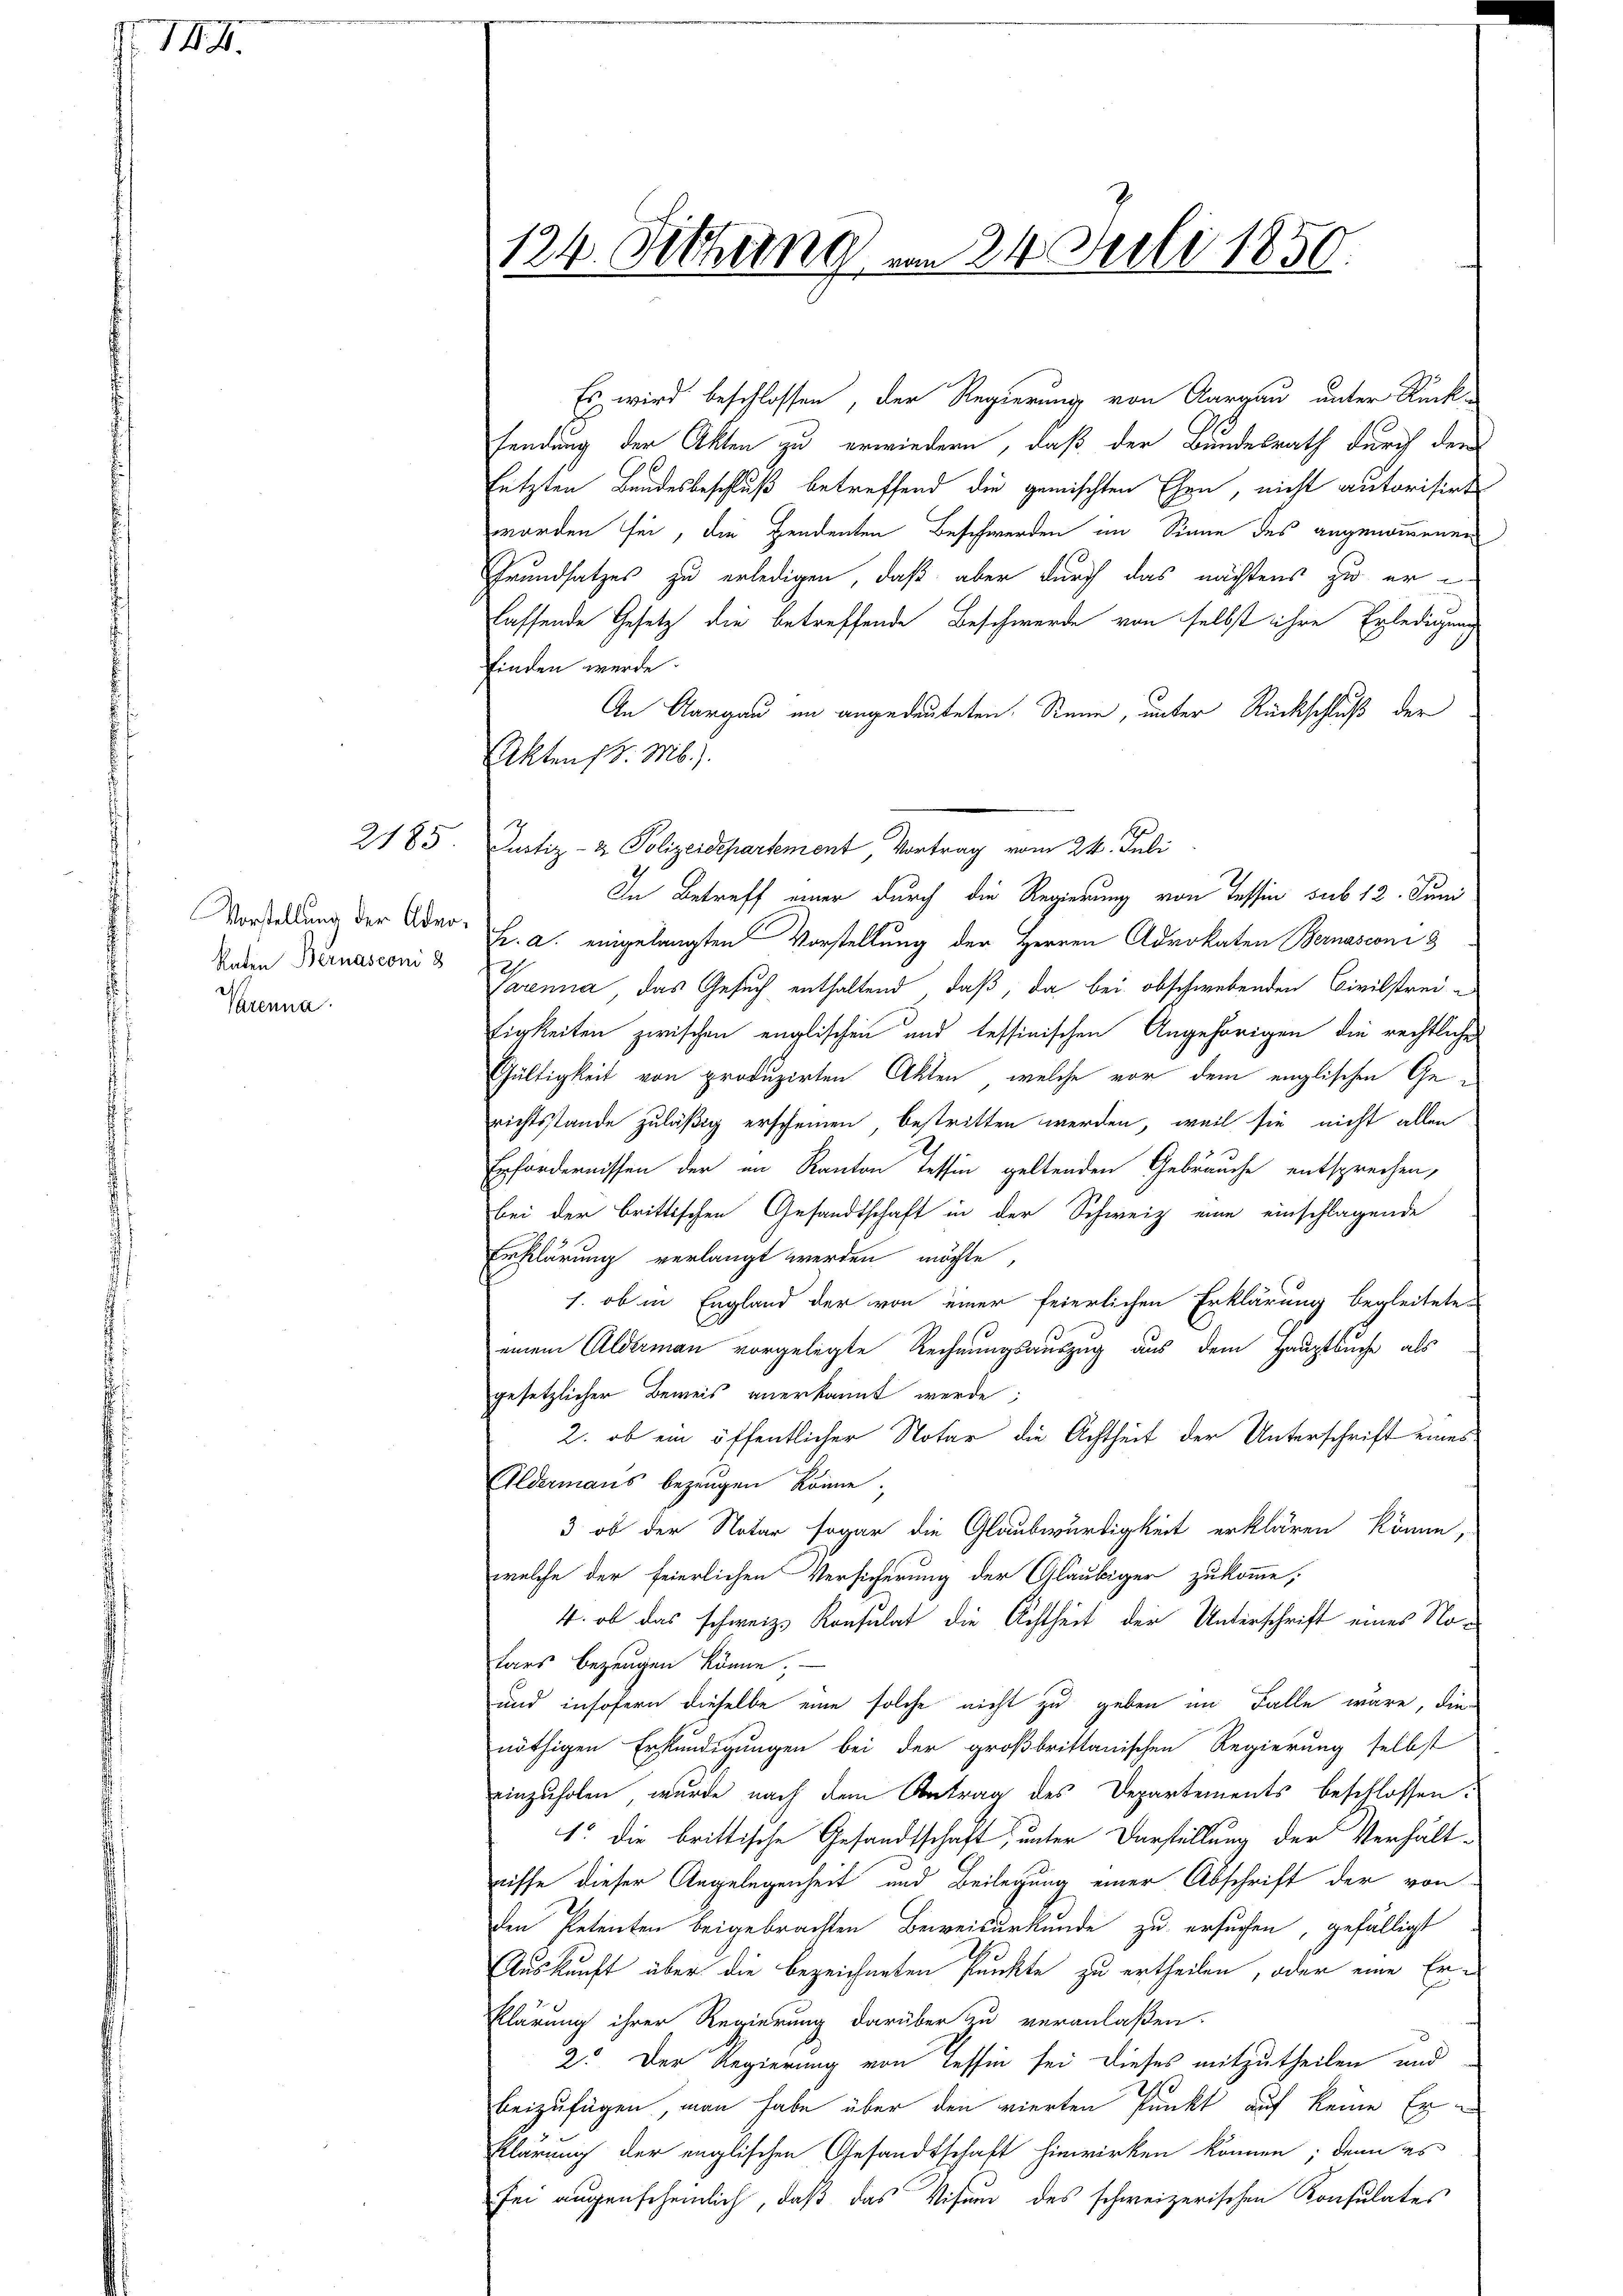
17.7.

e

Raten Bernasconi 8
Varenna.

Es wird beschlossen, der Regierung von Aargau unter Rück-
sendung der Akten zu erwiedern, daß der Bundesrath durch dem
letzten Bundesbeschluß betreffend die gemischten Ehen, nicht autorisirt
worden sei, die pendenten Beschwerden im Sinne des angenommenen
Grundsatzes zu erledigen, daß aber durch das nächstens zu erlassende Gesetz die betreffende Beschwerde von selbst ihre Erledigung
finden werde.
An Aargau in angedeuteten. Neue, unter Rückschluß der
Akten d. M.).
2185. Justiz- & Polizeidepartement, Vortrag vom 24. Juli
In Betreff einer durch die Regierung von Tessin sub 12. Juni
Vorladung der Ader. h. a. eingelangten Vorstellung der Herren Advokaten Bernasconi 3
Parenna, das Gesuch enthaltend, daß, da bei obschwebenden Civilstreitigkeiten zwischen englischen und tessinischen Angehörigen die rechtliche
Gültigkeit von produzirten Akten, welche vor dem englischen Gerichtsstande zuläßig erscheinen, bestritten werden, weil sie nicht allen
Erfordernissen der im Kanton Tessin geltenden Gebrauche entsprechen,
bei der brittischen Gesandtschaft in der Schweiz eine einschlagende
Erklärung verlangt werden möchte,
1. ob in England der von einer feierlichen Erklärung begleitete
einem Aldermann vorgelegte Rechnungsauszug aus dem Hauptbuche als
gesetzlicher Beweis anerkannt werde;
2. ob ein öffentlicher Notar die Achtheit der Unterschrift eines
Aldermans bezeugen könne;
3 ob der Notar sogar die Glaubwürdigkeit erklären könne,
welche der feierlichen Versicherung der Gläubiger zukomme,
4. ob das schweiz. Konsulat die Achtheit der Unterschrift eines Notars bezeugen könne. —
und insofern dieselbe eine solche nicht zu geben im Falle wäre, die
nöthigen Erkundigungen bei der großbrittanischen Regierung selbst
einzuholen, wurde nach dem Antrag des Departements beschlossen:
1. die brittische Gesandtschaft, unter Vorstellung der Verhält-
riffe dieser Angelegenheit und Beilegung einer Abschrift der von
den Petenten beigebrachten Beweisurkunde zu ersuchen, gefälligt
Auskunft über die bezeichneten Punkte zu ertheilen, oder eine Er¬
Klärung ihrer Regierung darüber zu veranlaßen.
2. Der Regierung von Tessin sei dieses mitzutheilen und
10
beizufügen, man habe über den vierten Punkt auf keine Erklärung der englischen Gesandtschaft hinwirken können; denn es
sei augenscheinlich, daß das Visum des schweizerischen Konsulates

124. Fethung vom 24. Juli 1850.